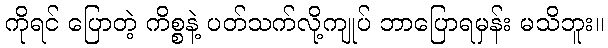
ကိုရင် ပြောတဲ့ ကိစ္စနဲ့ ပတ်သက်လို့ကျုပ် ဘာပြောရမှန်း မသိဘူး။